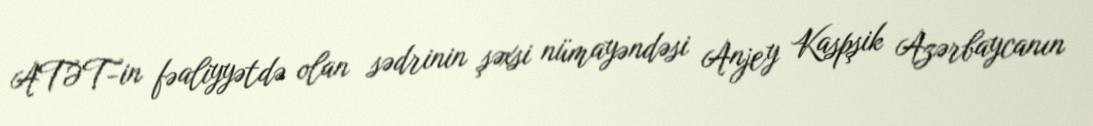
ATƏT-in fəaliyyətdə olan sədrinin şəxsi nümayəndəsi Anjey Kaspşik Azərbaycanın